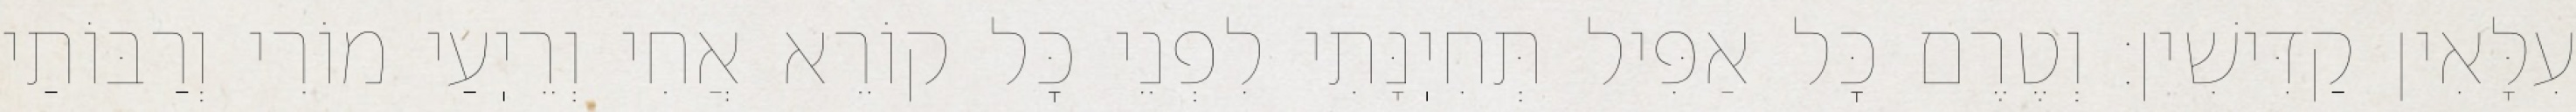
עִלָּאִין קַדִּישִׁין: וְטֶרֶם כׇּל אַפִּיל תְּחִיֽנָּתִי לִפְנֵי כׇּל קוֹרֵא אֲחִי וְרֵיֽעַי מוֹרִי וְרַבּוֹתַי